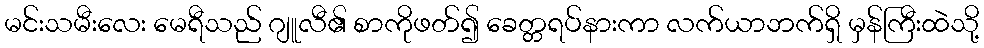
မင်းသမီးလေး မေရီသည် ဂျူလီ၏ စာကိုဖတ်၍ ခေတ္တရပ်နားကာ လက်ယာဘက်ရှိ မှန်ကြီးထဲသို့